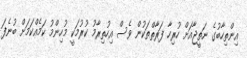
އިންތިހާބުގެ ނަތީޖާއަށް ހުރިހާ ފަރާތްތަކުން ވެސް އިހުތިރާމު ކުރުމަކީ މުހިންމު ކަމެއްކަމަށް ބުނެފަ